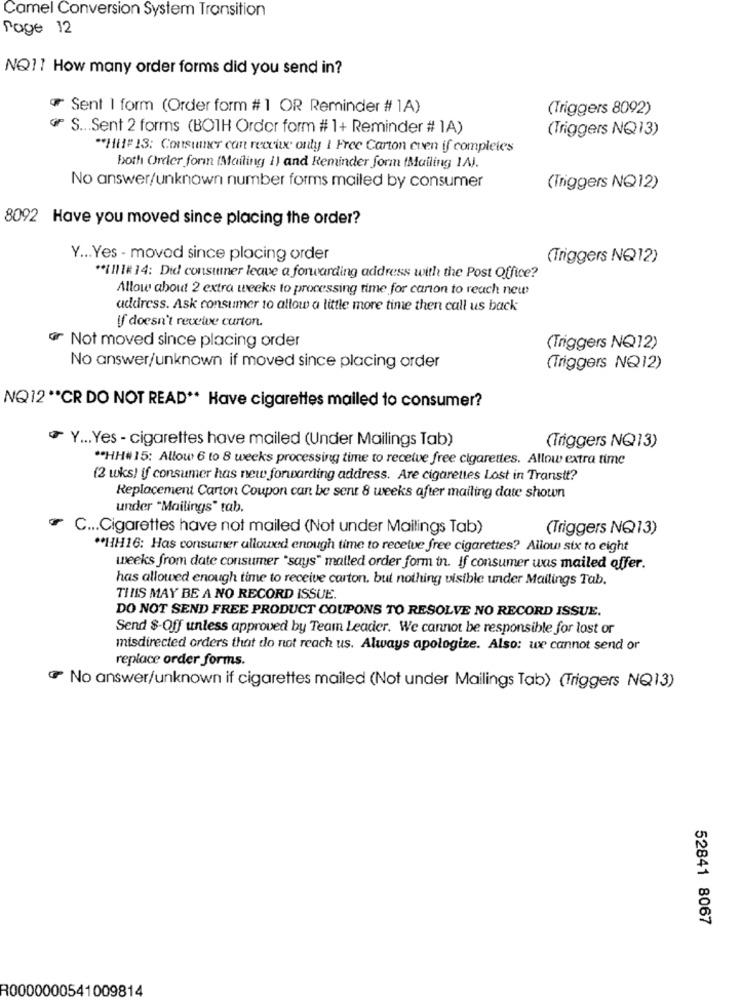
Camel Conversion System Transition
Page 12
NQ11 How many order forms did you send in?
Sent I form (Order form # 1 OR Reminder # 1A)
(Triggers 8092)
S ... Sent 2 forms (BOTH Order form # 1+ Reminder # 1A)
(Triggers NQ13)
** Hi## 13: Consumer can receux only 1 Free Carton even if completes
both Order form (Mailing 1) and Reminder form (Mailing 1A).
No answer/unknown number forms mailed by consumer
(Triggers NQ12)
8092 Have you moved since placing the order?
Y ... Yes - moved since placing order
(Triggers NQ12)
** IIII# 14: Did consumer leave a forwarding address with the Post Office?
Allow about 2 extra weeks to processing time for carton to reach new
address. Ask consumer 10 allow a little more time then call us back
if doesn't reweive curton.
@ Not moved since placing order
(Triggers NQ12)
No answer/unknown if moved since placing order
(Triggers NQ12)
NQ12 ** CR DO NOT READ ** Have cigarettes mailed to consumer?
Y ... Yes - cigarettes have mailed (Under Mailings Tab)
(Triggers NQ13)
** HH# 15: Allow 6 to 8 weeks processing time to receive free cigarettes. Allow extra time
(2 wks) if consumer has new forwarding address. Are cigarettes Lost in Transtt?
Replacement Carton Coupon can be sent 8 weeks after mailing date shown
under "Mailings" tab.
C ... Cigarettes have not mailed (Not under Mailings Tab)
(Triggers NQ13)
** 1H16: Has consumer allouxd enough time to recetue free cigarettes? Allow stx to eight
weeks from date consumer "says" malled order form in. If consumer was mailed offer.
has allowed enough time to receive carton, but nothing visible under Mailings Tab.
TINIS MAY BE A NO RECORD ISSUE.
DO NOT SEND FREE PRODUCT COUPONS TO RESOLVE NO RECORD ISSUE.
Send $-Off unless approved by Team Leader. We cannot be responsible for lost or
misdirected orders that do not reach us. Always apologize. Also: we cannot send or
replace order forms.
No answer/unknown if cigarettes mailed (Not under Mailings Tab) (Triggers NQ13)
52841 8067
R0000000541009814